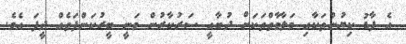
އެ ފާޑު ކިޔުންތަކާއި މަލާމާތްތަކަށް ދުބާއީ ސަރުކާރުން ވަނީ ބީރުކަންފަތެއް ދީފަ އެވެ.